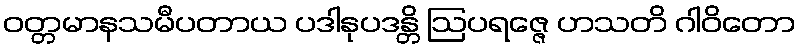
ဝတ္တမာနသမီပတာယ ပဒါနုပဒန္တိ ဩပရဇ္ဇေ ဟသတိ ဂါဝိတော